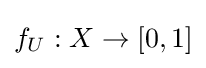
f_{U}:X\to [0,1]